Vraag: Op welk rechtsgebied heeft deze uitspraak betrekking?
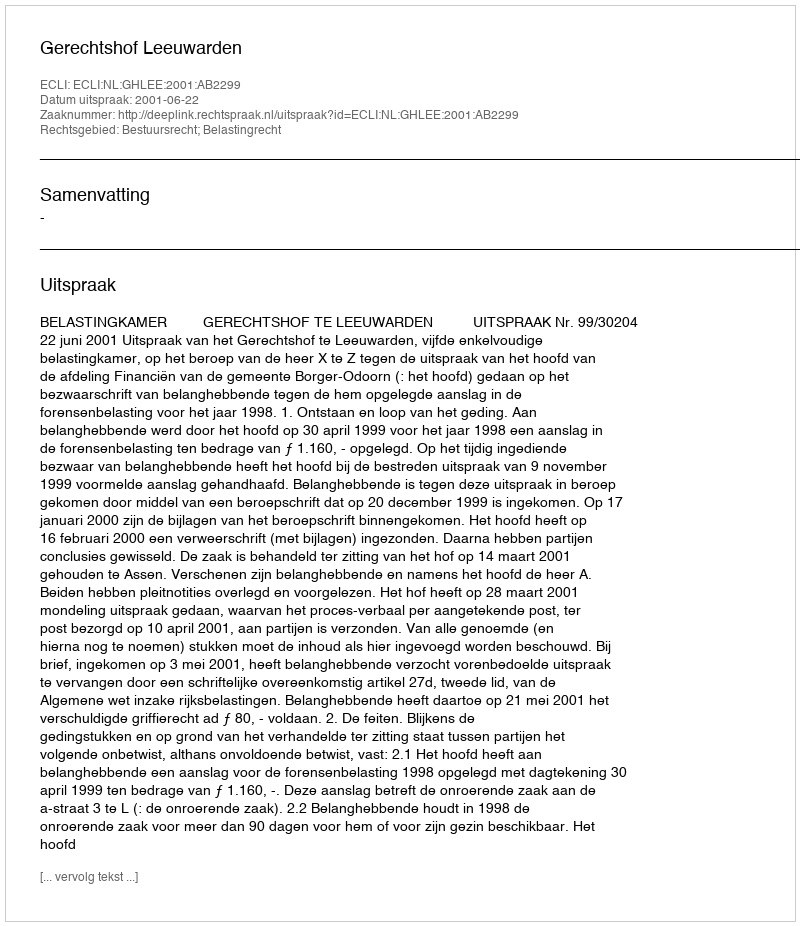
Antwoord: Bestuursrecht; Belastingrecht